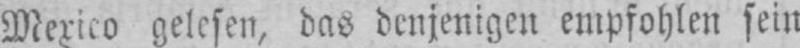
Mexico gelesen, das denjenigen empfohlen sein